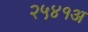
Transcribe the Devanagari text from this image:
२५४१अ